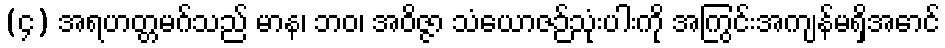
(၄) အရဟတ္တမဂ်သည် မာန၊ ဘဝ၊ အဝိဇ္ဇာ သံယောဇဉ်သုံးပါးကို အကြွင်းအကျန်မရှိအောင်